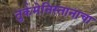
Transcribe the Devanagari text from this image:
तुर्कमेनिस्तानाचा